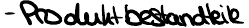
- Produktbestandteile